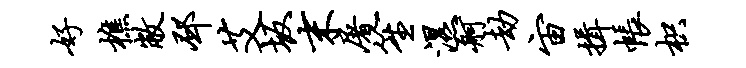
好樵敝邳艾坂末屠笙湿舸劫宙揖帐枳